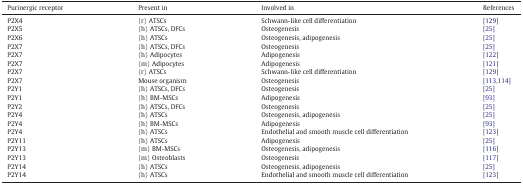
<table><thead><tr><td><b>Purinergic receptor</b></td><td><b>Present in</b></td><td><b>Involved in</b></td><td><b>References</b></td></tr></thead><tbody><tr><td>P2X4</td><td>(r) ATSCs</td><td>Schwann-like cell differentiation</td><td>[129]</td></tr><tr><td>P2X5</td><td>(h) ATSCs, DFCs</td><td>Osteogenesis</td><td>[25]</td></tr><tr><td>P2X6</td><td>(h) ATSCs</td><td>Osteogenesis, adipogenesis</td><td>[25]</td></tr><tr><td>P2X7</td><td>(h) ATSCs, DFCs</td><td>Osteogenesis</td><td>[25]</td></tr><tr><td>P2X7</td><td>(h) Adipocytes</td><td>Adipogenesis</td><td>[122]</td></tr><tr><td>P2X7</td><td>(m) Adipocytes</td><td>Adipogenesis</td><td>[121]</td></tr><tr><td>P2X7</td><td>(r) ATSCs</td><td>Schwann-like cell differentiation</td><td>[129]</td></tr><tr><td>P2X7</td><td>Mouse organism</td><td>Osteogenesis</td><td>[113], [114]</td></tr><tr><td>P2Y1</td><td>(h) ATSCs, DFCs</td><td>Osteogenesis</td><td>[25]</td></tr><tr><td>P2Y1</td><td>(h) BM-MSCs</td><td>Adipogenesis</td><td>[93]</td></tr><tr><td>P2Y2</td><td>(h) ATSCs, DFCs</td><td>Osteogenesis</td><td>[25]</td></tr><tr><td>P2Y4</td><td>(h) ATSCs</td><td>Osteogenesis, adipogenesis</td><td>[25]</td></tr><tr><td>P2Y4</td><td>(h) BM-MSCs</td><td>Adipogenesis</td><td>[93]</td></tr><tr><td>P2Y4</td><td>(h) ATSCs</td><td>Endothelial and smooth muscle cell differentiation</td><td>[123]</td></tr><tr><td>P2Y11</td><td>(h) ATSCs</td><td>Adipogenesis</td><td>[25]</td></tr><tr><td>P2Y13</td><td>(m) BM-MSCs</td><td>Osteogenesis, adipogenesis</td><td>[116]</td></tr><tr><td>P2Y13</td><td>(m) Osteoblasts</td><td>Osteogenesis</td><td>[117]</td></tr><tr><td>P2Y14</td><td>(h) ATSCs</td><td>Osteogenesis, adipogenesis</td><td>[25]</td></tr><tr><td>P2Y14</td><td>(h) ATSCs</td><td>Endothelial and smooth muscle cell differentiation</td><td>[123]</td></tr></tbody></table>